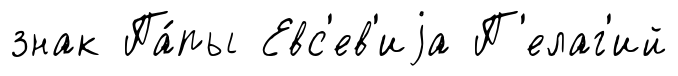
знак Па́пы Евс'ев'иjа П'елаг'ий